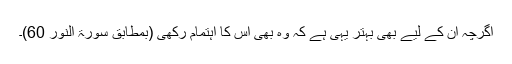
اگرچہ ان کے لیے بھی بہتر یہی ہے کہ وہ بھی اس کا اہتمام رکھی (بمطابق سورۃ النور 60)۔